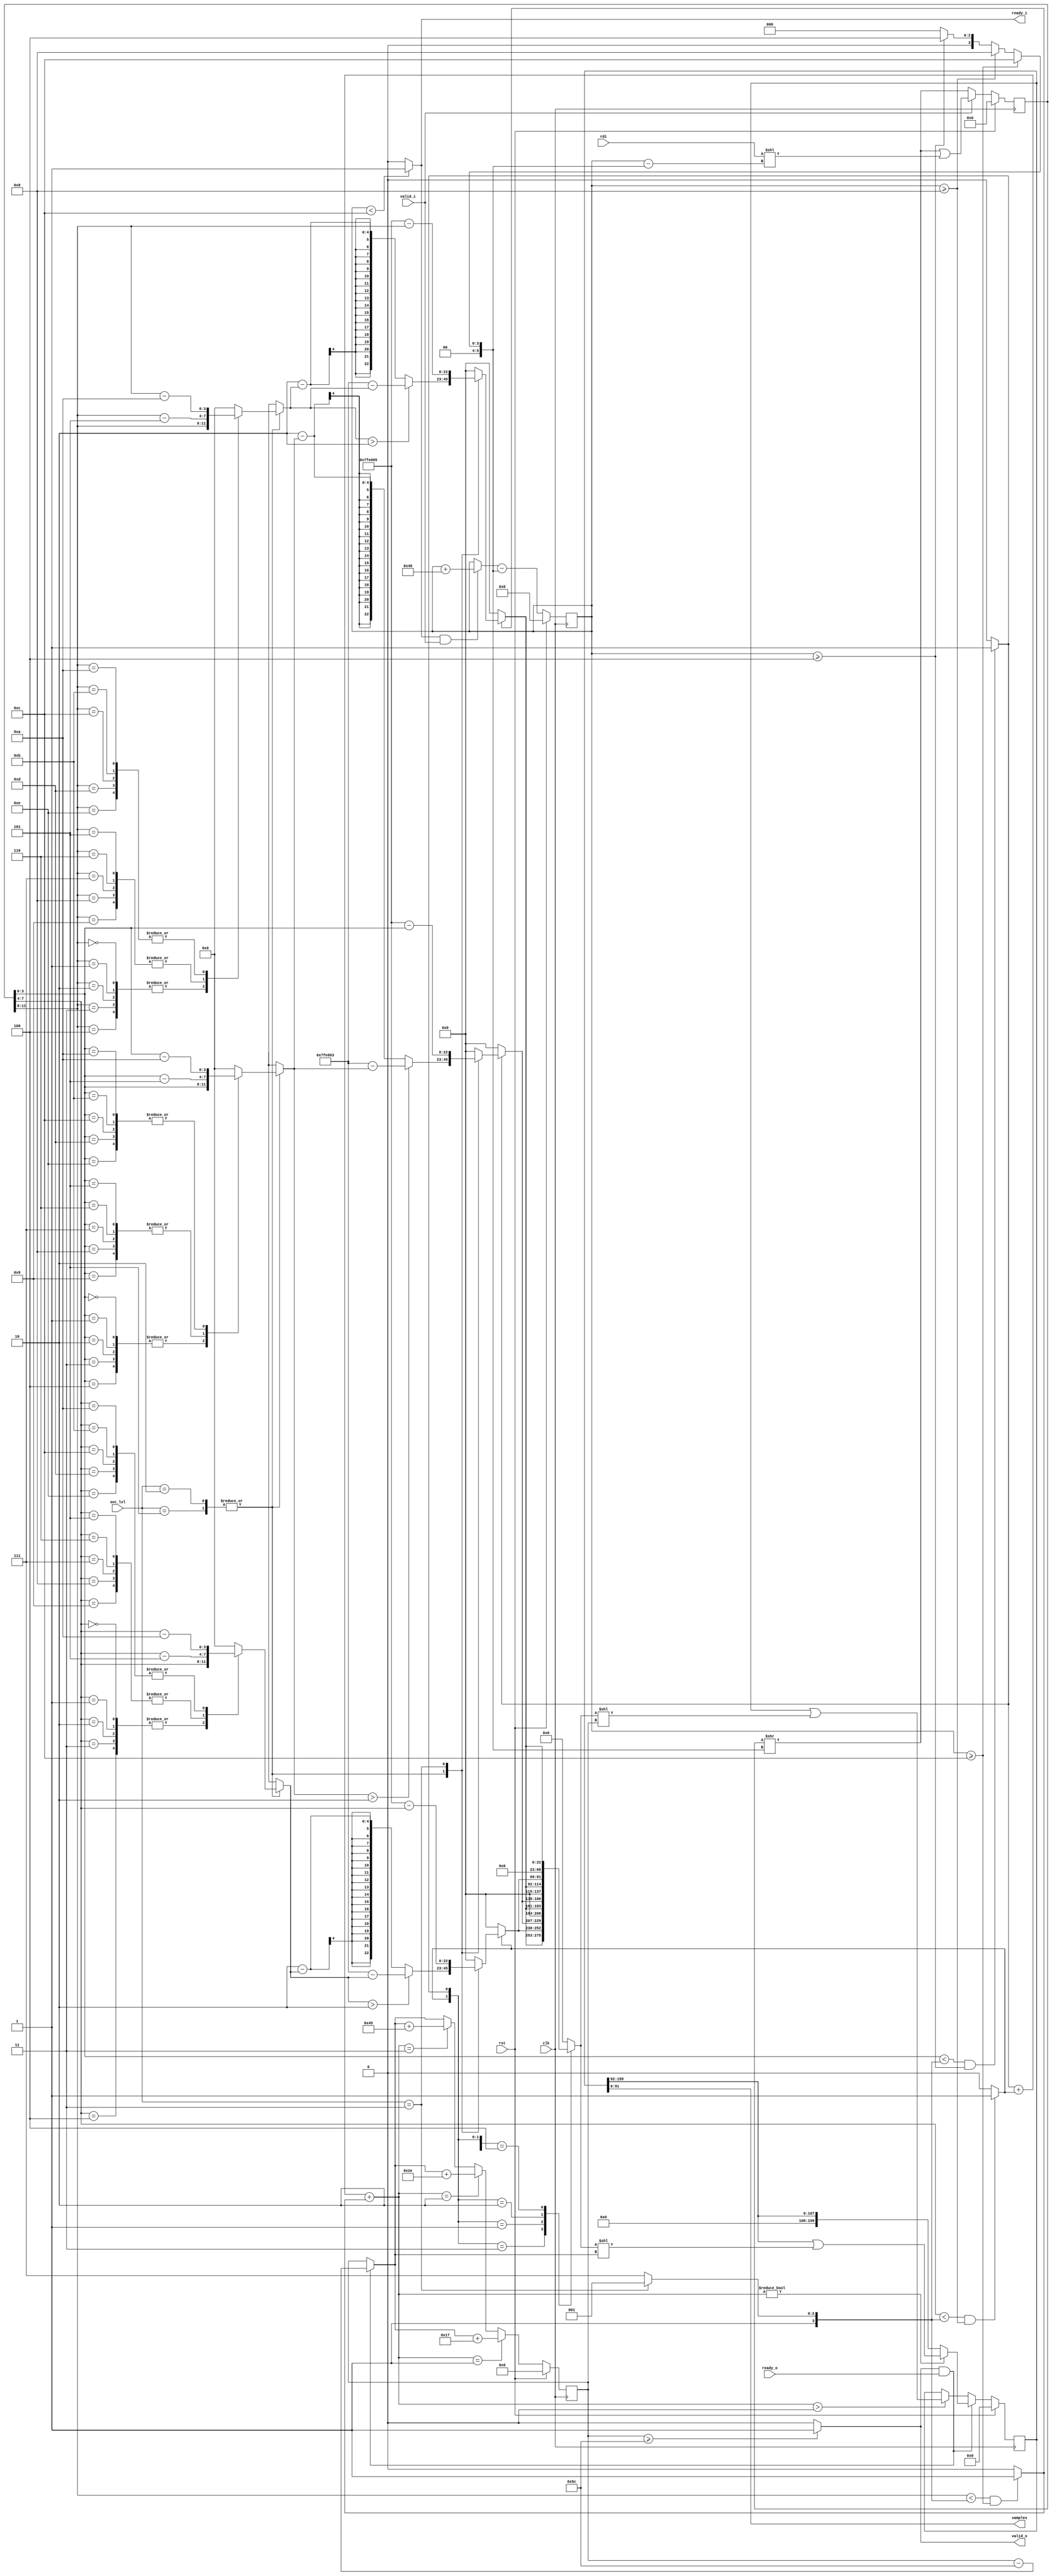
/*
 * From our research paper "High-Performance Hardware Implementation of CRYSTALS-Dilithium"
 * by Luke Beckwith, Duc Tri Nguyen, Kris Gaj
 * at George Mason University, USA
 * https://eprint.iacr.org/2021/1451.pdf
 * =============================================================================
 * Copyright (c) 2021 by Cryptographic Engineering Research Group (CERG)
 * ECE Department, George Mason University
 * Fairfax, VA, U.S.A.
 * Licensed under the Apache License, Version 2.0 (the "License");
 * you may not use this file except in compliance with the License.
 * You may obtain a copy of the License at
 *     http://www.apache.org/licenses/LICENSE-2.0
 * Unless required by applicable law or agreed to in writing, software
 * distributed under the License is distributed on an "AS IS" BASIS,
 * WITHOUT WARRANTIES OR CONDITIONS OF ANY KIND, either express or implied.
 * See the License for the specific language governing permissions and
 * limitations under the License.
 * =============================================================================
 * @author   Luke Beckwith <lbeckwit@gmu.edu>
 */


`timescale 1ns / 1ps


module rejection_s #(
    parameter W            = 64,
    parameter RDI_SAMPLE_W = 4,
    parameter SAMPLE_W     = 23,
    parameter BUS_W        = 4
    )(
        input  rst,
        input  clk,
        input [2:0] sec_lvl,
        input  valid_i,
        output reg ready_i,
        input  [W-1:0] rdi,
        output reg [SAMPLE_W*BUS_W-1:0] samples = 0,
        output reg valid_o = 0,
        input  ready_o
    );
    
    localparam
        DILITHIUM_Q = 23'd8380417,
        ETA2_LIMIT  = 5'd15,
        ETA4_LIMIT  = 5'd9;    
    
    wire [4:0] ETA_LIMIT;
    assign ETA_LIMIT = (sec_lvl == 3) ? ETA4_LIMIT : ETA2_LIMIT;
    
    reg [79:0]  SIPO_IN, SIPO_IN_SHIFT;
    reg [199:0] SIPO_OUT;
    reg [3*SAMPLE_W-1:0] sipo_out_in;

    reg [5:0] shift_amt;
    
    reg [3:0] rej_lane0, rej_lane1, rej_lane2;
    reg [3:0] rej_lane0_map, rej_lane1_map, rej_lane2_map;
    
    reg [22:0] sample0, sample1, sample2;
    reg rej_lane0_valid, rej_lane1_valid, rej_lane2_valid;
    reg [1:0] num_valid;
    
    reg [6:0] sipo_in_len, sipo_in_len_next;
    reg [7:0] sipo_out_len, sipo_out_len_next;
    
    always @(*) begin
        ready_i = (sipo_in_len < 3*RDI_SAMPLE_W) ? 1 : 0;
        valid_o = (sipo_out_len >= SAMPLE_W*BUS_W) ? 1 : 0;
    
        rej_lane0 = SIPO_IN[3:0];
        rej_lane1 = SIPO_IN[7:4];
        rej_lane2 = SIPO_IN[11:8];
        
        sample0 = 0;
        sample1 = 0;
        sample2 = 0;
        
        rej_lane0_map = 0;
        rej_lane1_map = 0;
        rej_lane2_map = 0;
        
        case(sec_lvl) 
        2,5: begin
            case(rej_lane0)
            0,1,2,3,4: begin
                rej_lane0_map = rej_lane0;
            end
            5,6,7,8,9: begin
                rej_lane0_map = rej_lane0-4'd5;
            end
            10,11,12,13,14:begin
                rej_lane0_map = rej_lane0-4'd10;
            end
            endcase
            sample0 = (rej_lane0_map > 2) ? 2+DILITHIUM_Q-rej_lane0_map : 2-rej_lane0_map;
            
            case(rej_lane1)
            0,1,2,3,4: begin
                rej_lane1_map = rej_lane1;
            end
            5,6,7,8,9: begin
                rej_lane1_map = rej_lane1-4'd5;
            end
            10,11,12,13,14:begin
                rej_lane1_map = rej_lane1-4'd10;
            end
            endcase
            sample1 = (rej_lane1_map > 2) ? 2+DILITHIUM_Q-rej_lane1_map : 2-rej_lane1_map;

            case(rej_lane2)
            0,1,2,3,4: begin
                rej_lane2_map = rej_lane2;
            end
            5,6,7,8,9: begin
                rej_lane2_map = rej_lane2-4'd5;
            end
            10,11,12,13,14:begin
                rej_lane2_map = rej_lane2-4'd10;
            end
            endcase
            sample2 = (rej_lane2_map > 2) ? 2+DILITHIUM_Q-rej_lane2_map : 2-rej_lane2_map;

        end
        3: begin
            // ETA == 4
            sample0 = 4+DILITHIUM_Q-rej_lane0;
            sample1 = 4+DILITHIUM_Q-rej_lane1;
            sample2 = 4+DILITHIUM_Q-rej_lane2;
        end        
        endcase

        
        rej_lane0_valid = (rej_lane0 < ETA_LIMIT && sipo_in_len >= RDI_SAMPLE_W) ? 1 : 0;
        rej_lane1_valid = (rej_lane1 < ETA_LIMIT && sipo_in_len >= 2*RDI_SAMPLE_W) ? 1 : 0;
        rej_lane2_valid = (rej_lane2 < ETA_LIMIT && sipo_in_len >= 3*RDI_SAMPLE_W) ? 1 : 0;
        num_valid       = rej_lane0_valid + rej_lane1_valid + rej_lane2_valid;
        
        if (rej_lane0_valid == 0)
            sample0 = 0;
        if (rej_lane1_valid == 0)
            sample1 = 0;
        if (rej_lane2_valid == 0)
            sample2 = 0;
        
        sipo_in_len_next  = (ready_i && valid_i) ? sipo_in_len + W : sipo_in_len;
        sipo_out_len_next = (valid_o && ready_o) ? sipo_out_len - SAMPLE_W*BUS_W: sipo_out_len;      
        
        casex({rej_lane2_valid, rej_lane1_valid, rej_lane0_valid})
        3'bx11:  sipo_out_in = {sample2, sample1, sample0}; 
        3'bx01:  sipo_out_in = {23'd0,   sample2, sample0}; 
        3'bx10:  sipo_out_in = {23'd0,   sample2, sample1};  
        3'b100:  sipo_out_in = {23'd0,   23'd0,   sample2};  
        default: sipo_out_in = {23'd0,   23'd0,   23'd0  }; 
        endcase

        if (sipo_in_len >= 3*RDI_SAMPLE_W) begin
            shift_amt = 3*RDI_SAMPLE_W;
        end else if (sipo_in_len >= 2*RDI_SAMPLE_W) begin
            shift_amt = 2*RDI_SAMPLE_W;
        end else if (sipo_in_len >= RDI_SAMPLE_W) begin
            shift_amt = RDI_SAMPLE_W;
        end else begin
            shift_amt = 0;
        end

        SIPO_IN_SHIFT = (SIPO_IN >> shift_amt);
        samples = SIPO_OUT[SAMPLE_W*BUS_W-1:0];
    end
    
    initial begin
        SIPO_IN  = 0;
        SIPO_OUT = 0;
    
        sipo_in_len  = 0;
        sipo_out_len = 0;
    end
    
    always @(posedge clk) begin
        if (rst) begin
            SIPO_IN  <= 0;
            SIPO_OUT <= 0;
            
            sipo_in_len  <= 0;
            sipo_out_len <= 0;         
        end else begin
            
            sipo_in_len <= sipo_in_len_next - shift_amt;
            
            if (valid_i) begin
                SIPO_IN <= SIPO_IN_SHIFT | (rdi << sipo_in_len - shift_amt);
            end else begin
                SIPO_IN <= SIPO_IN_SHIFT;
            end
            
            if (num_valid == 1) begin
                sipo_out_len <= sipo_out_len_next + SAMPLE_W;
            end else if (num_valid == 2) begin
                sipo_out_len <= sipo_out_len_next + 2*SAMPLE_W;
            end else if (num_valid == 3) begin
                sipo_out_len <= sipo_out_len_next + 3*SAMPLE_W;
            end else begin
                sipo_out_len <= sipo_out_len_next;
            end
            
            if (valid_o && ready_o) begin   
                if (num_valid != 0) begin
                    SIPO_OUT <= (SIPO_OUT >> SAMPLE_W*BUS_W) | sipo_out_in << sipo_out_len_next;
                end else begin
                    SIPO_OUT <= SIPO_OUT >> SAMPLE_W*BUS_W;
                end
            end else if (num_valid >0) begin
                SIPO_OUT <= SIPO_OUT | sipo_out_in << sipo_out_len;
            end
        end    
    end
    
endmodule